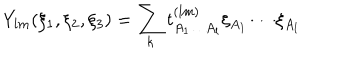
Y _ { l m } ( \xi _ { 1 } , \xi _ { 2 } , \xi _ { 3 } ) = \sum _ { k } t _ { A _ { 1 } \ldots A _ { l } } ^ { ( l m ) } \xi _ { A _ { 1 } } \cdots \xi _ { A _ { l } } \,